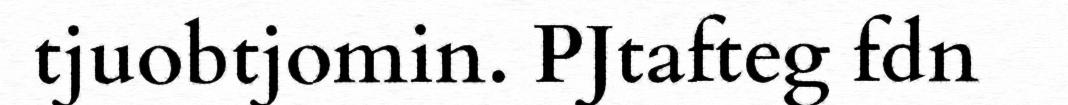
tjuobtjomin. PJtafteg fdn